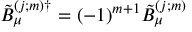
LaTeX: \tilde { B } _ { \mu } ^ { ( j ; m ) \dag } = ( - 1 ) ^ { m + 1 } \tilde { B } _ { \mu } ^ { ( j ; m ) }